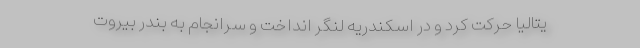
یتالیا حرکت کرد و در اسکندریه لنگر انداخت و سرانجام به بندر بیروت